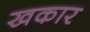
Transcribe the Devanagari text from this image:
खकार